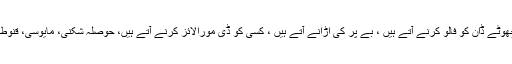
تاہم بہت سارے ایسے بھی ہیں جو فیس بک پر سنی پلاس گجر، زبیر مُسلی، پھلو مستری یا چھوٹے ڈان کو فالو کرنے آتے ہیں ، بے پر کی اڑانے آتے ہیں ، کسی کو ڈی مورالائز کرنے آتے ہیں، حوصلہ شکنی، مایوسی، قنوطیت اور پریشانیوں کی ترویج کیلیئے ، یا ایسا کرنے والوں کے آلہ کار بننے کیلیئے آتے ہیں ۔